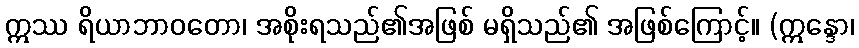
ဣဿ ရိယာဘာဝတော၊ အစိုးရသည်၏အဖြစ် မရှိသည်၏ အဖြစ်ကြောင့်။ (ဣန္ဒော၊